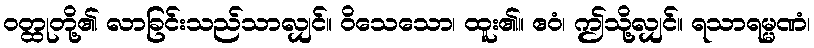
ဝတ္ထုတို့၏ လာခြင်းသည်သာလျှင်။ ဝိသေသော၊ ထူး၏။ ဧဝံ၊ ဤသို့လျှင်။ ရသာရမ္မဏံ၊